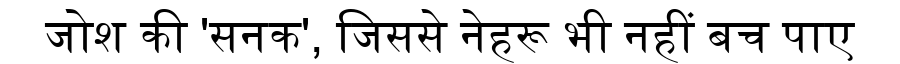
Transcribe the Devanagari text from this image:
जोश की 'सनक', जिससे नेहरू भी नहीं बच पाए